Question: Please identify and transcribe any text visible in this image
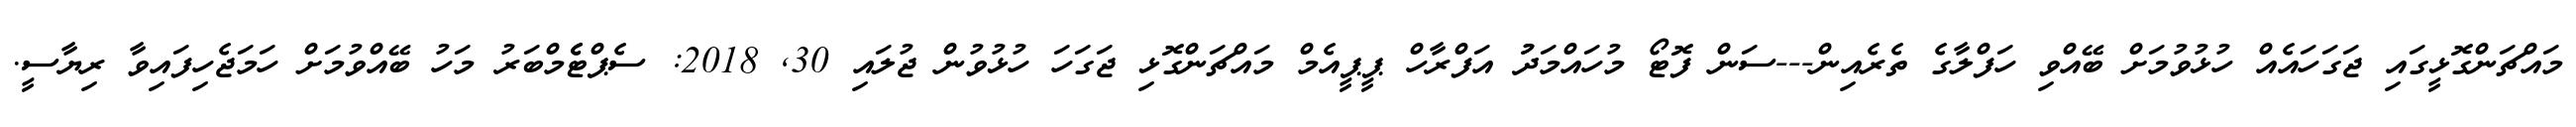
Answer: މައްޗަންގޮޅީގައި ޖަގަހައެއް ހުޅުވުމަށް ބޭއްވި ހަފްލާގެ ތެރެއިން---ސަން ފޮޓޯ މުހައްމަދުު އަފްރާހް ޕީޕީއެމް މައްޗަންގޮޅި ޖަގަހަ ހުޅުވުން ޖުލައި 30, 2018: ސެޕްޓެެމްބަރު މަހު ބޭއްވުމަށް ހަމަޖެހިފައިވާ ރިޔާސީ.